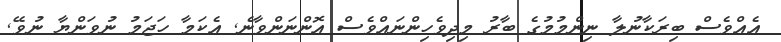
އެއްވެސް ބިރަކާނުލާ ނިންމުމުގެ ބާރު މިދިވެހިންނައްވެސް އޮންނަންވާނެ